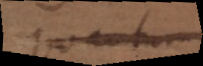
quantum